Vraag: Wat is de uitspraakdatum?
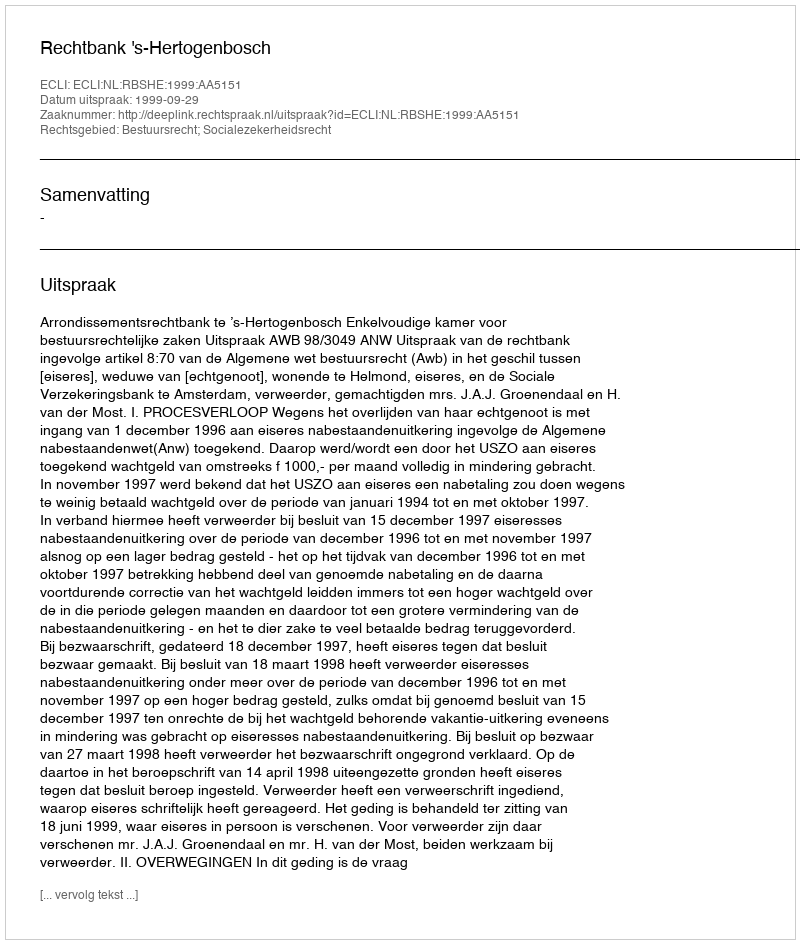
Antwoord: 1999-09-29